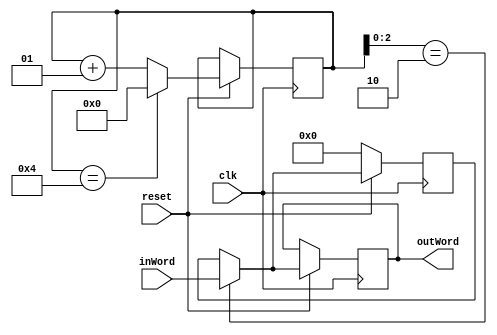
/*
From coconut!news.pixi.com!news.zeitgeist.net!cygnus.com!kithrup.com!news.Stanford.EDU!agate!howland.erols.net!cam-news-hub1.bbnplanet.com!news.mathworks.com!newsfeed.internetmci.com!EU.net!usenet2.news.uk.psi.net!uknet!usenet1.news.uk.psi.net!uknet!uknet!newsfeed.ed.ac.uk!news Tue Sep 17 21:34:11 1996
Path: coconut!news.pixi.com!news.zeitgeist.net!cygnus.com!kithrup.com!news.Stanford.EDU!agate!howland.erols.net!cam-news-hub1.bbnplanet.com!news.mathworks.com!newsfeed.internetmci.com!EU.net!usenet2.news.uk.psi.net!uknet!usenet1.news.uk.psi.net!uknet!uknet!newsfeed.ed.ac.uk!news
From: Gerard M Blair <gerard@ee.ed.ac.uk>
Newsgroups: comp.lang.verilog
Subject: non-blocking statements
Date: Tue, 17 Sep 1996 14:57:20 +0100
Organization: University of Edinburgh, Scotland, UK
Lines: 131
Message-ID: <323EAE40.6377@ee.ed.ac.uk>
NNTP-Posting-Host: sakura.ee.ed.ac.uk
Mime-Version: 1.0
Content-Type: multipart/mixed; boundary="------------62BC7B753A98"
X-Mailer: Mozilla 3.0Gold (X11; I; SunOS 5.5.1 sun4m)

This is a multi-part message in MIME format.

--------------62BC7B753A98
Content-Type: text/plain; charset=us-ascii
Content-Transfer-Encoding: 7bit

I have a question about non-blocking assignments.

One of the well known properties on the non-blocking assignment
is that it allows a "swap" of two registers, thus:

a <= b;
b <= a;

For a class, I wanted to write a very simple median filter
model - so that they could implement a smarter version
based upon a published paper.

My bubble sort was coded thus:

        // sort workSpace
        for (i = 0; i < 5; i = i + 1)
        for (j = 5; j > i; j = j - 1)
            if (workSpace [j] < workSpace [j-1]) begin
                  workSpace [j-1] <= workSpace [j];
                  workSpace [j]   <= workSpace [j-1];
                  end

But - if fails to do much at all ! Of course it can
be done with a tmp register. 

Clearly, the above code would run into synthesis problems since
every register is potentially swapping values many times - and
this code only works as a behavioural model. however, I am curious
to know if it "should" work (in terms of the Standard) and if
not, how could I make it work.

However, if I add a delay of #1; to the end of the inner loop,
all is well (except fro the added delay).

I was thus surprised that #0; did not work as well.

In case anyone wants to play, the (buggy) code is below.

-- 
Gerard M Blair, Senior Lecturer, The Department of Electrical Engineering,
              The University of Edinburgh, Scotland, UK
Email: gerard@ee.ed.ac.uk   -  Home page: http://www.ee.ed.ac.uk/~gerard/

--------------62BC7B753A98
Content-Type: text/plain; charset=us-ascii; name="median.v"
Content-Transfer-Encoding: 7bit
Content-Disposition: inline; filename="median.v"
*/

// behavioural model of running 5-word median filter
module median_beh (outWord, clk, reset, inWord);
output [3:0] outWord;
input        clk, reset;
input  [3:0] inWord;

reg    [3:0] outWord;

integer count, i, j;
reg    [3:0] mem [0:4];
reg    [3:0] workSpace [0:4];
reg    [3:0] tmp;

initial begin
	count = 0;
	end

always @(posedge clk) begin
	if (reset == 0)
		for (i = 0; i < 5; i = i + 1)
			mem [i] = 0;
	else begin
		// update array of lst 5 words
		mem [count] = inWord;
		count = (count == 4) ? 0 : count + 1;

		// copy array into work space
		for (i = 0; i < 5; i = i + 1)
			workSpace [i] = mem [i];

		// sort workSpace
		for (i = 0; i < 5; i = i + 1)
//		for (j = 5; j > i; j = j - 1)
		for (j = 4; j > i; j = j - 1)
			if (workSpace [j] < workSpace [j-1]) begin
				workSpace [j-1] <= workSpace [j]; 
				workSpace [j]   <= workSpace [j-1]; 
				end
		
		// test output
		for (i = 0; i < 5; i = i + 1)
			$display ("     %d %d %d", i, mem[i], workSpace[i]);

		// output result
		outWord = workSpace[2];
		
		end
	end

endmodule

module testStimulus;

reg    [3:0] inWord;
reg          clk, reset;
wire   [3:0] outWord;


// instantiate behavioural model
median_beh beh (outWord, clk, reset, inWord);

initial begin
	clk = 0;
	#5003 $finish;
	end 

always #50 clk = ~clk;

always @(negedge clk)
	inWord = {$random} / 4 % 16;

always @(posedge clk)
	#2 $display("input word %d - ", inWord, "output word %d", outWord);

endmodule
/*
--------------62BC7B753A98--

*/